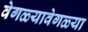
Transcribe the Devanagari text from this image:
वेगळ्यावेगळ्या